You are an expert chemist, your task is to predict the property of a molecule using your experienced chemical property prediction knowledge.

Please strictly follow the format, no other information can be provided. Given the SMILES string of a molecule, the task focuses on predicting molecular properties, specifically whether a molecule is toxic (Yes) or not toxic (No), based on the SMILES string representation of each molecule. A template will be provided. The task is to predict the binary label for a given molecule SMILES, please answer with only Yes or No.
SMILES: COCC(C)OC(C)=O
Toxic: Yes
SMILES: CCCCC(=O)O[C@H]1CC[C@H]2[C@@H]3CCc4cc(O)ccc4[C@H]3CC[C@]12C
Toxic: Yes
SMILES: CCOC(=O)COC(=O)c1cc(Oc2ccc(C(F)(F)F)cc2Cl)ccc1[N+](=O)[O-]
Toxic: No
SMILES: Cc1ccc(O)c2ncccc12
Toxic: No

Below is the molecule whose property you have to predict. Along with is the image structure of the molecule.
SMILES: Cc1ccc(O)c(N)c1
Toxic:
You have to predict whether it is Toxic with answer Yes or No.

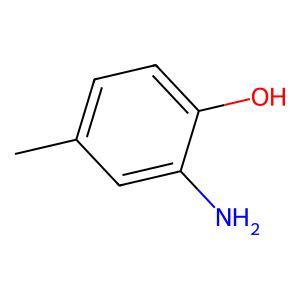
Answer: No